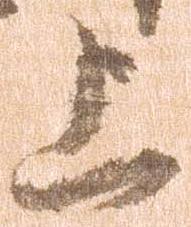
上